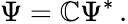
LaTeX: \Psi={\mathbb{C}}\Psi^{\ast}\, .